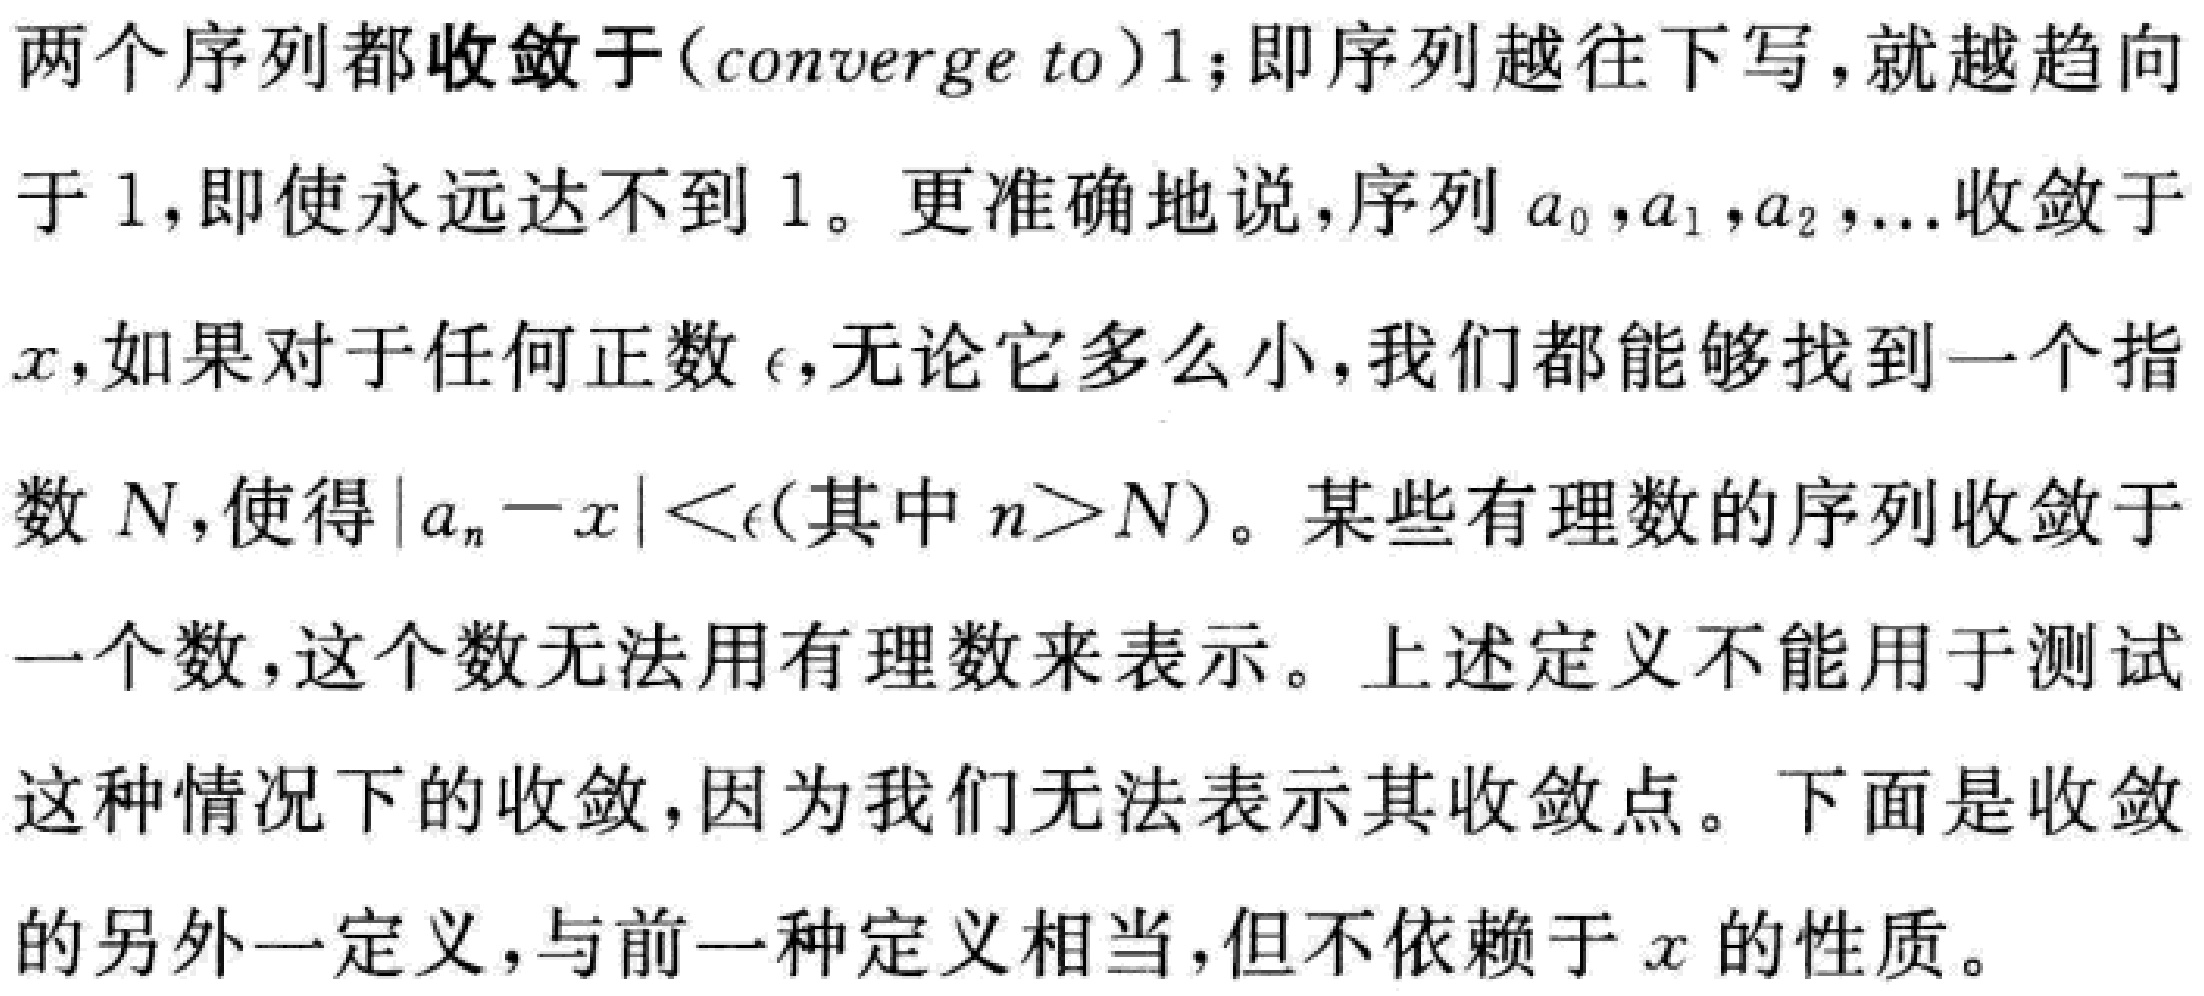
两个序列都收敛于(converge to)1;即序列越往下写,就越趋向于 1,即使永远达不到 1。更准确地说,序列 \(a_0,a_1,a_2,\ldots\)收敛于\(x\),如果对于任何正数\(\epsilon\),无论它多么小,我们都能够找到一个指数 \(N\),使得\(\vert a_n - x\vert<\epsilon\)(其中 \(n > N\))。某些有理数的序列收敛于一个数,这个数无法用有理数来表示。上述定义不能用于测试这种情况下的收敛,因为我们无法表示其收敛点。下面是收敛的另外一定义,与前一种定义相当,但不依赖于 \(x\)的性质。